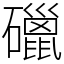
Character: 䃳